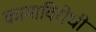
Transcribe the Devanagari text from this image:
कामाविरोधी